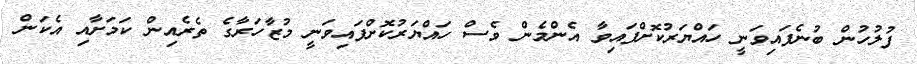
ފުލުހުން ބުނެފައިވަނީ ހައްޔަރުކޮށްފައިވާ އެންމެން ވެސް ހައްޔަރުކޮށްފައިވަނީ މުޒާހަރާގެ ތެރެއިން ކަމަށާއި އެކަން